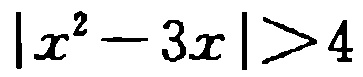
\(|x^{2}-3x|>4\)